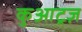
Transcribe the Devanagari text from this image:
कुआट्रज़